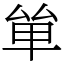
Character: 𠫹